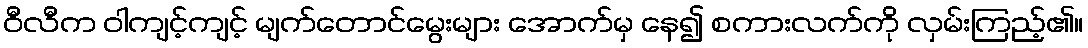
ဝီလီက ဝါကျင့်ကျင့် မျက်တောင်မွေးများ အောက်မှ နေ၍ စကားလက်ကို လှမ်းကြည့်၏။